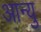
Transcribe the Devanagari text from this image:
आन्यु